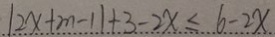
\vert 2 x + m - 1 \vert + 3 - 2 x \leq 6 - 2 x